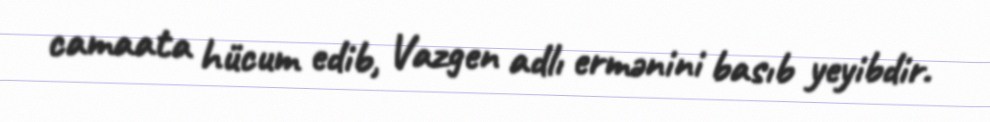
camaata hücum edib, Vazgen adlı ermənini basıb yeyibdir.